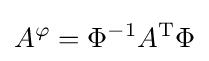
A^{\varphi }=\Phi ^{-1}A^{\mathrm {T} }\Phi